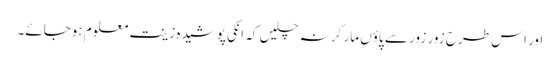
اور اس طرح زور زور سے پاؤں مار کر نہ چلیں کہ انکی پوشیدہ زینت معلوم ہوجائے۔